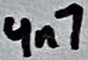
Text: 4n7